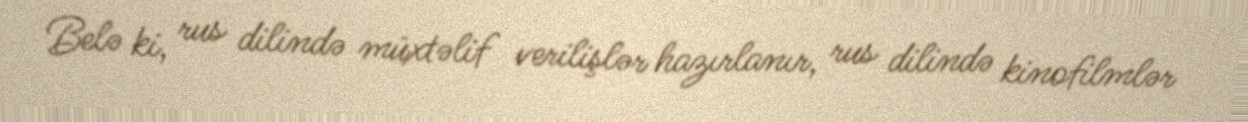
Belə ki, rus dilində müxtəlif verilişlər hazırlanır, rus dilində kinofilmlər